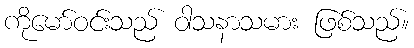
ကိုမော်ဝင်းသည် ဝါသနာသမား ဖြစ်သည်။